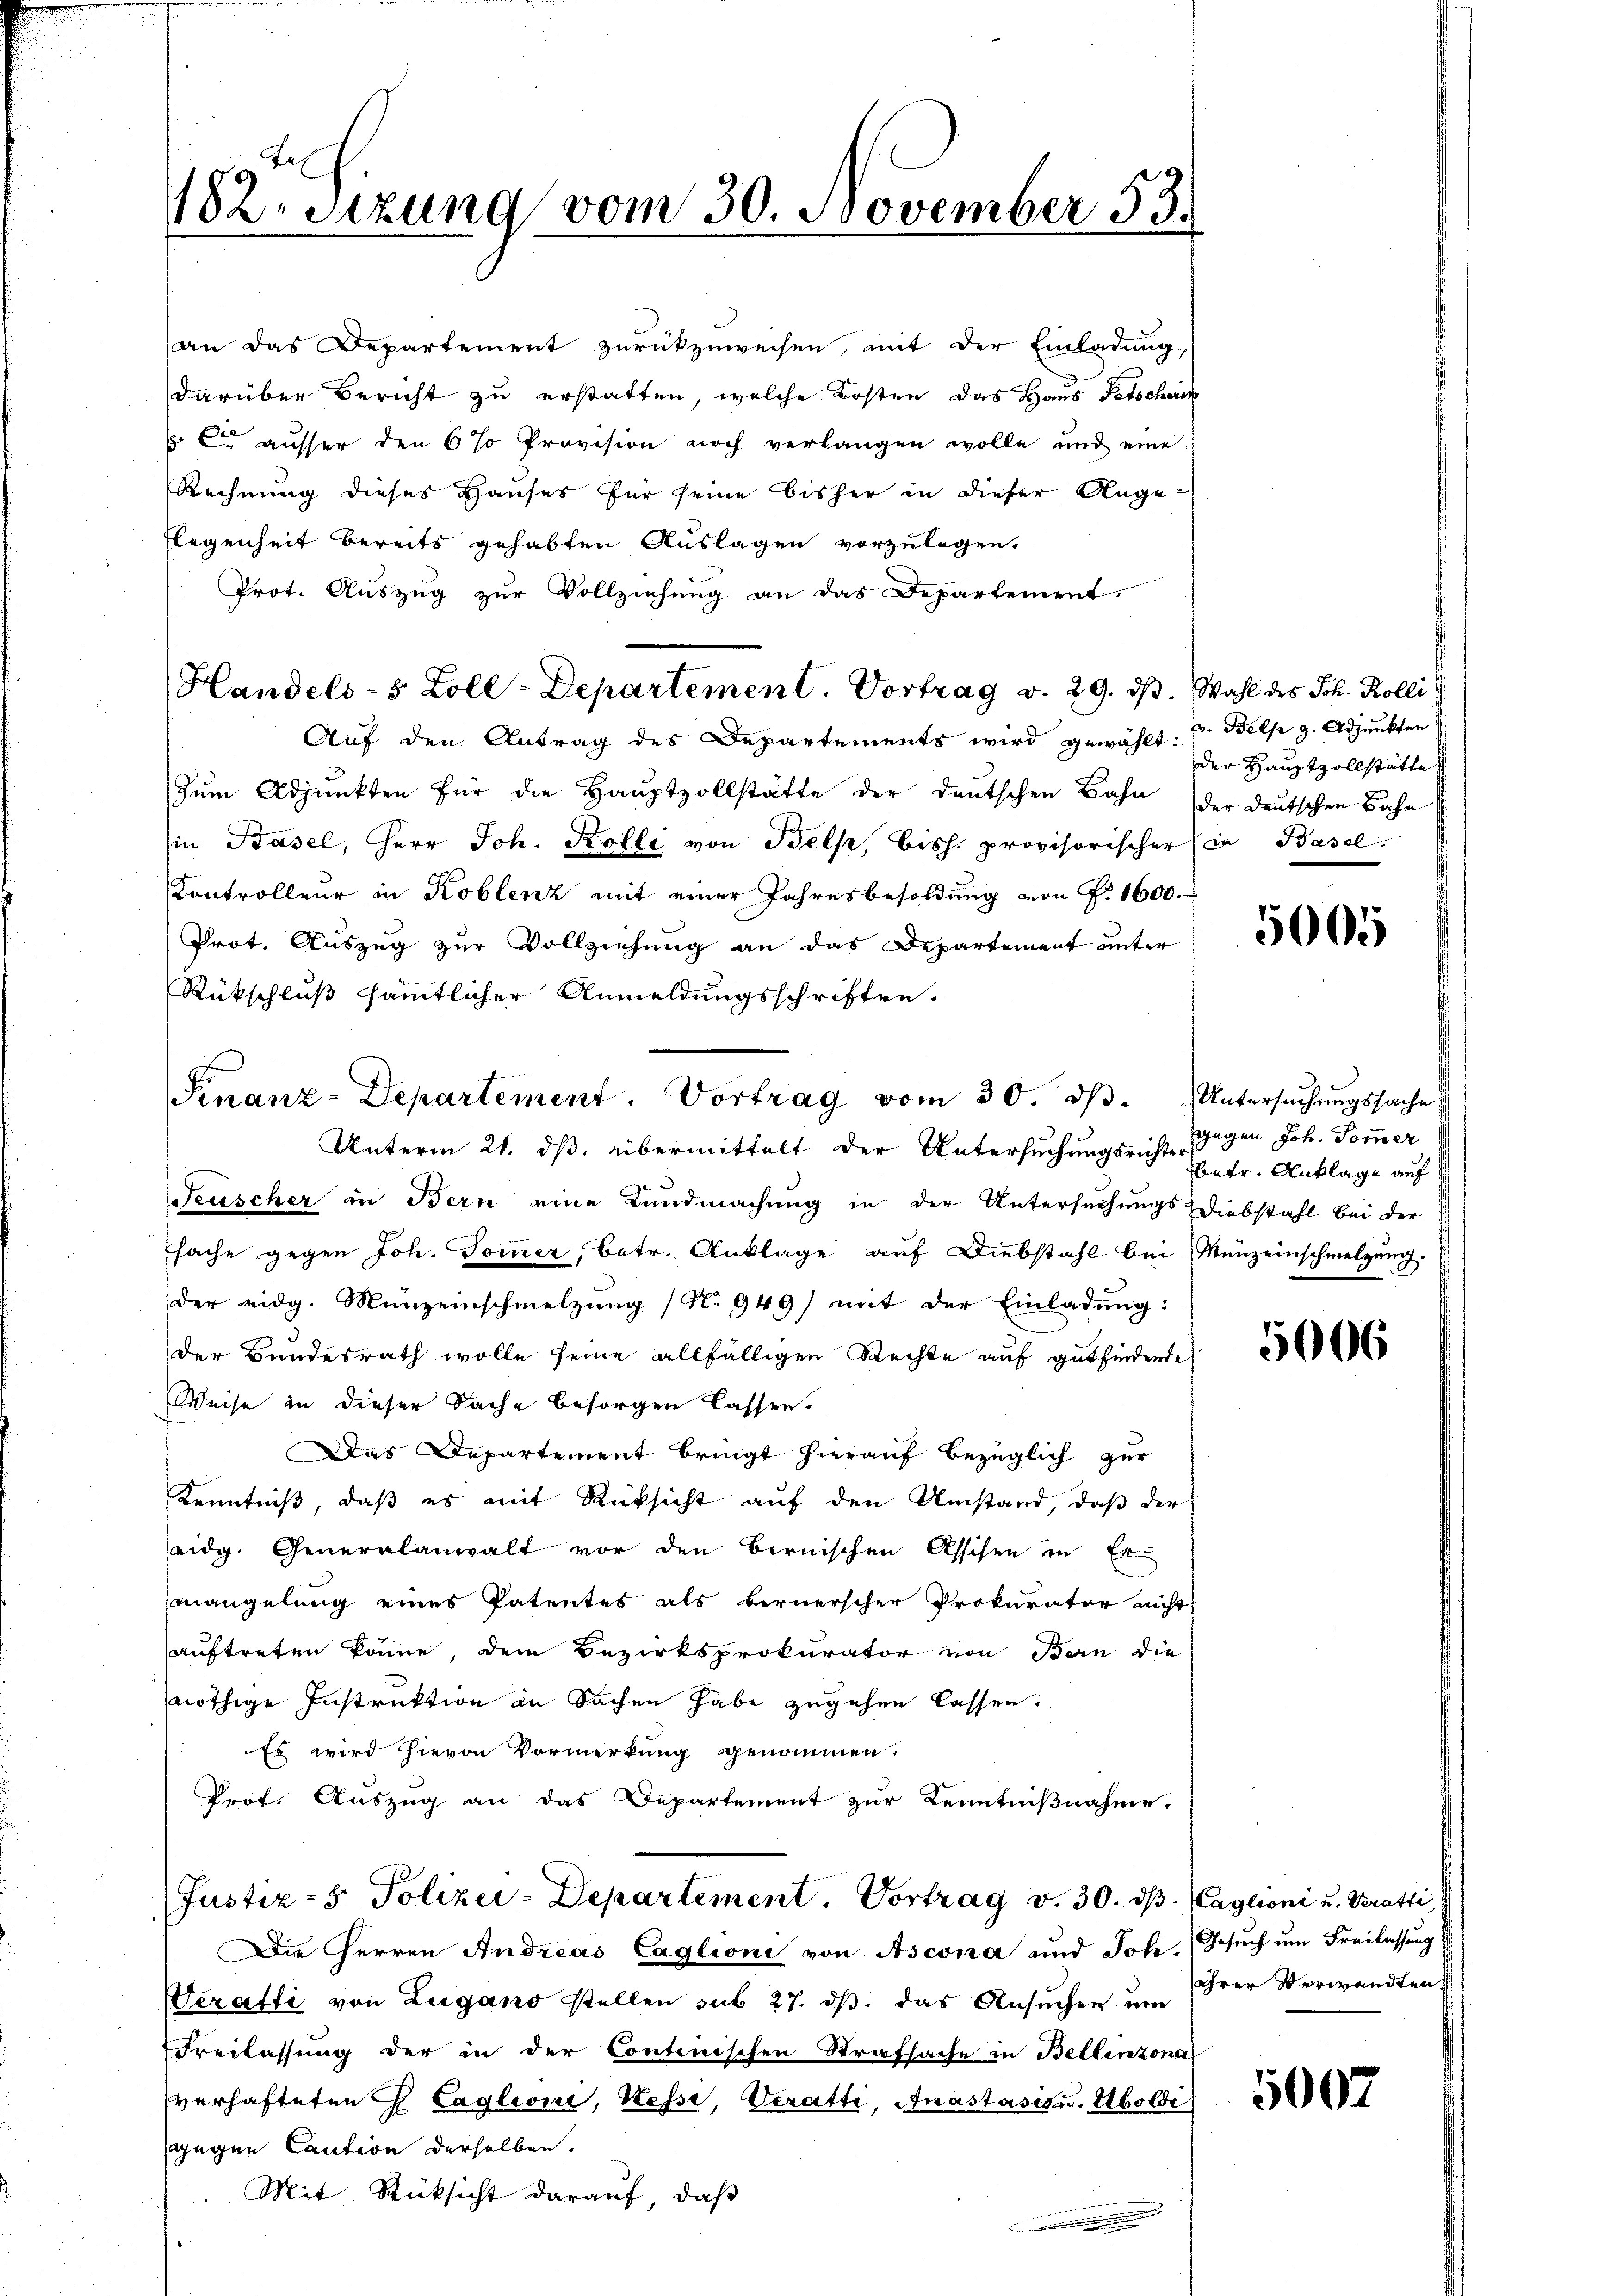
182. Sitzung vom 30. November 53.

an das Departement zurückzuweisen, mit der Einladung,
darüber Bericht zu erstatten, welche Kosten das Haus Petscheri
 C ausser den 6 % Provision noch verlangen wolle und eine
Rechnung dieses Hauses für seine bisher in dieser Ange-
Flegenheit bereits gehabten Auslagen vorzulegen.
Prot. Auszug zur Vollziehung an das Departement
Auf den Antrag des Departements wird gewählt. V. Bels z. Adjunkten
Zum Adjunkten für die Haŭptzollstätte der deutschen Bahn der deutschen Bahn
in Basel, Herr Joh. Kolli von Belp, bish. provisorischer (ca Basel.
Controlleur in Koblenz mit einer Jahresbesoldung von F. 1600.
Prot. Auszug zur Vollziehung an das Departement unter
Rückschluß sämmtlicher Anmeldungsschriften.
Feuscher in Bern eine Kundmachung in der Untersuchungs Diebstahl bei der
sache gegen Joh. Sommer, betr. Anklage auf Diebstahl bei Menzeinschmelzung
der eidg. Münzeinschmelzung (No 949) mit der Einladung:
der Bundesrath wolle seine allfälligen Rechte auf gutfindende
Weise in dieser Sache besorgen lassen.
Das Departement bringt hierauf bezüglich zur
Kenntniß, daß es mit Rücksicht auf den Umstand, daß der
seidg. Generalanwalt vor den bernischen Assisen in Er
mangelung eines Patentes als bernerscher Prokurator nicht
auftreten könne, dem Bezirksprokurator von Bern die
nöthige Instruktion in Sachen habe zugehen lassen.
Es wird hievon Vormerkung genommen.
Prof. Auszug an das Departement zur Kenntnißnahme.
Justiz- & Polizei-Departement. Vortrag v. 30. ds. (Caglioni u. Veratti,
Die Herren Andreas Caglioni von Ascona und Joh. Gesuch um Freilassung
Weratti von Lugano stellen sub 27. dβ das Ansŭchen um ihrer Verwandten
Freilassung der in der Continischen Strafsache in Bellinzona
verhafteten H Caglioni, Kesse, Veratti, Anastasis u. Aboldi
gegen Caution derselben.
Mit Rücksicht darauf, daß

Finanz-Departement. Vortrag vom 30. ds.
Unterm 21. ds. übermittelt der Untersuchungsricht gegen Joh. Sommer

Handels- 5 Zoll-Departement. Vortrag v. 29. ds. Wahl des Joh. Kolli

der Hauptzollstätte

5005

Untersuchungssache
betr. Anklage auf

5006

5007